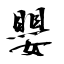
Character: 嬰